65_HS1-834228961_62-HQ-83894_Section_10
Agency: FBI
Page 76
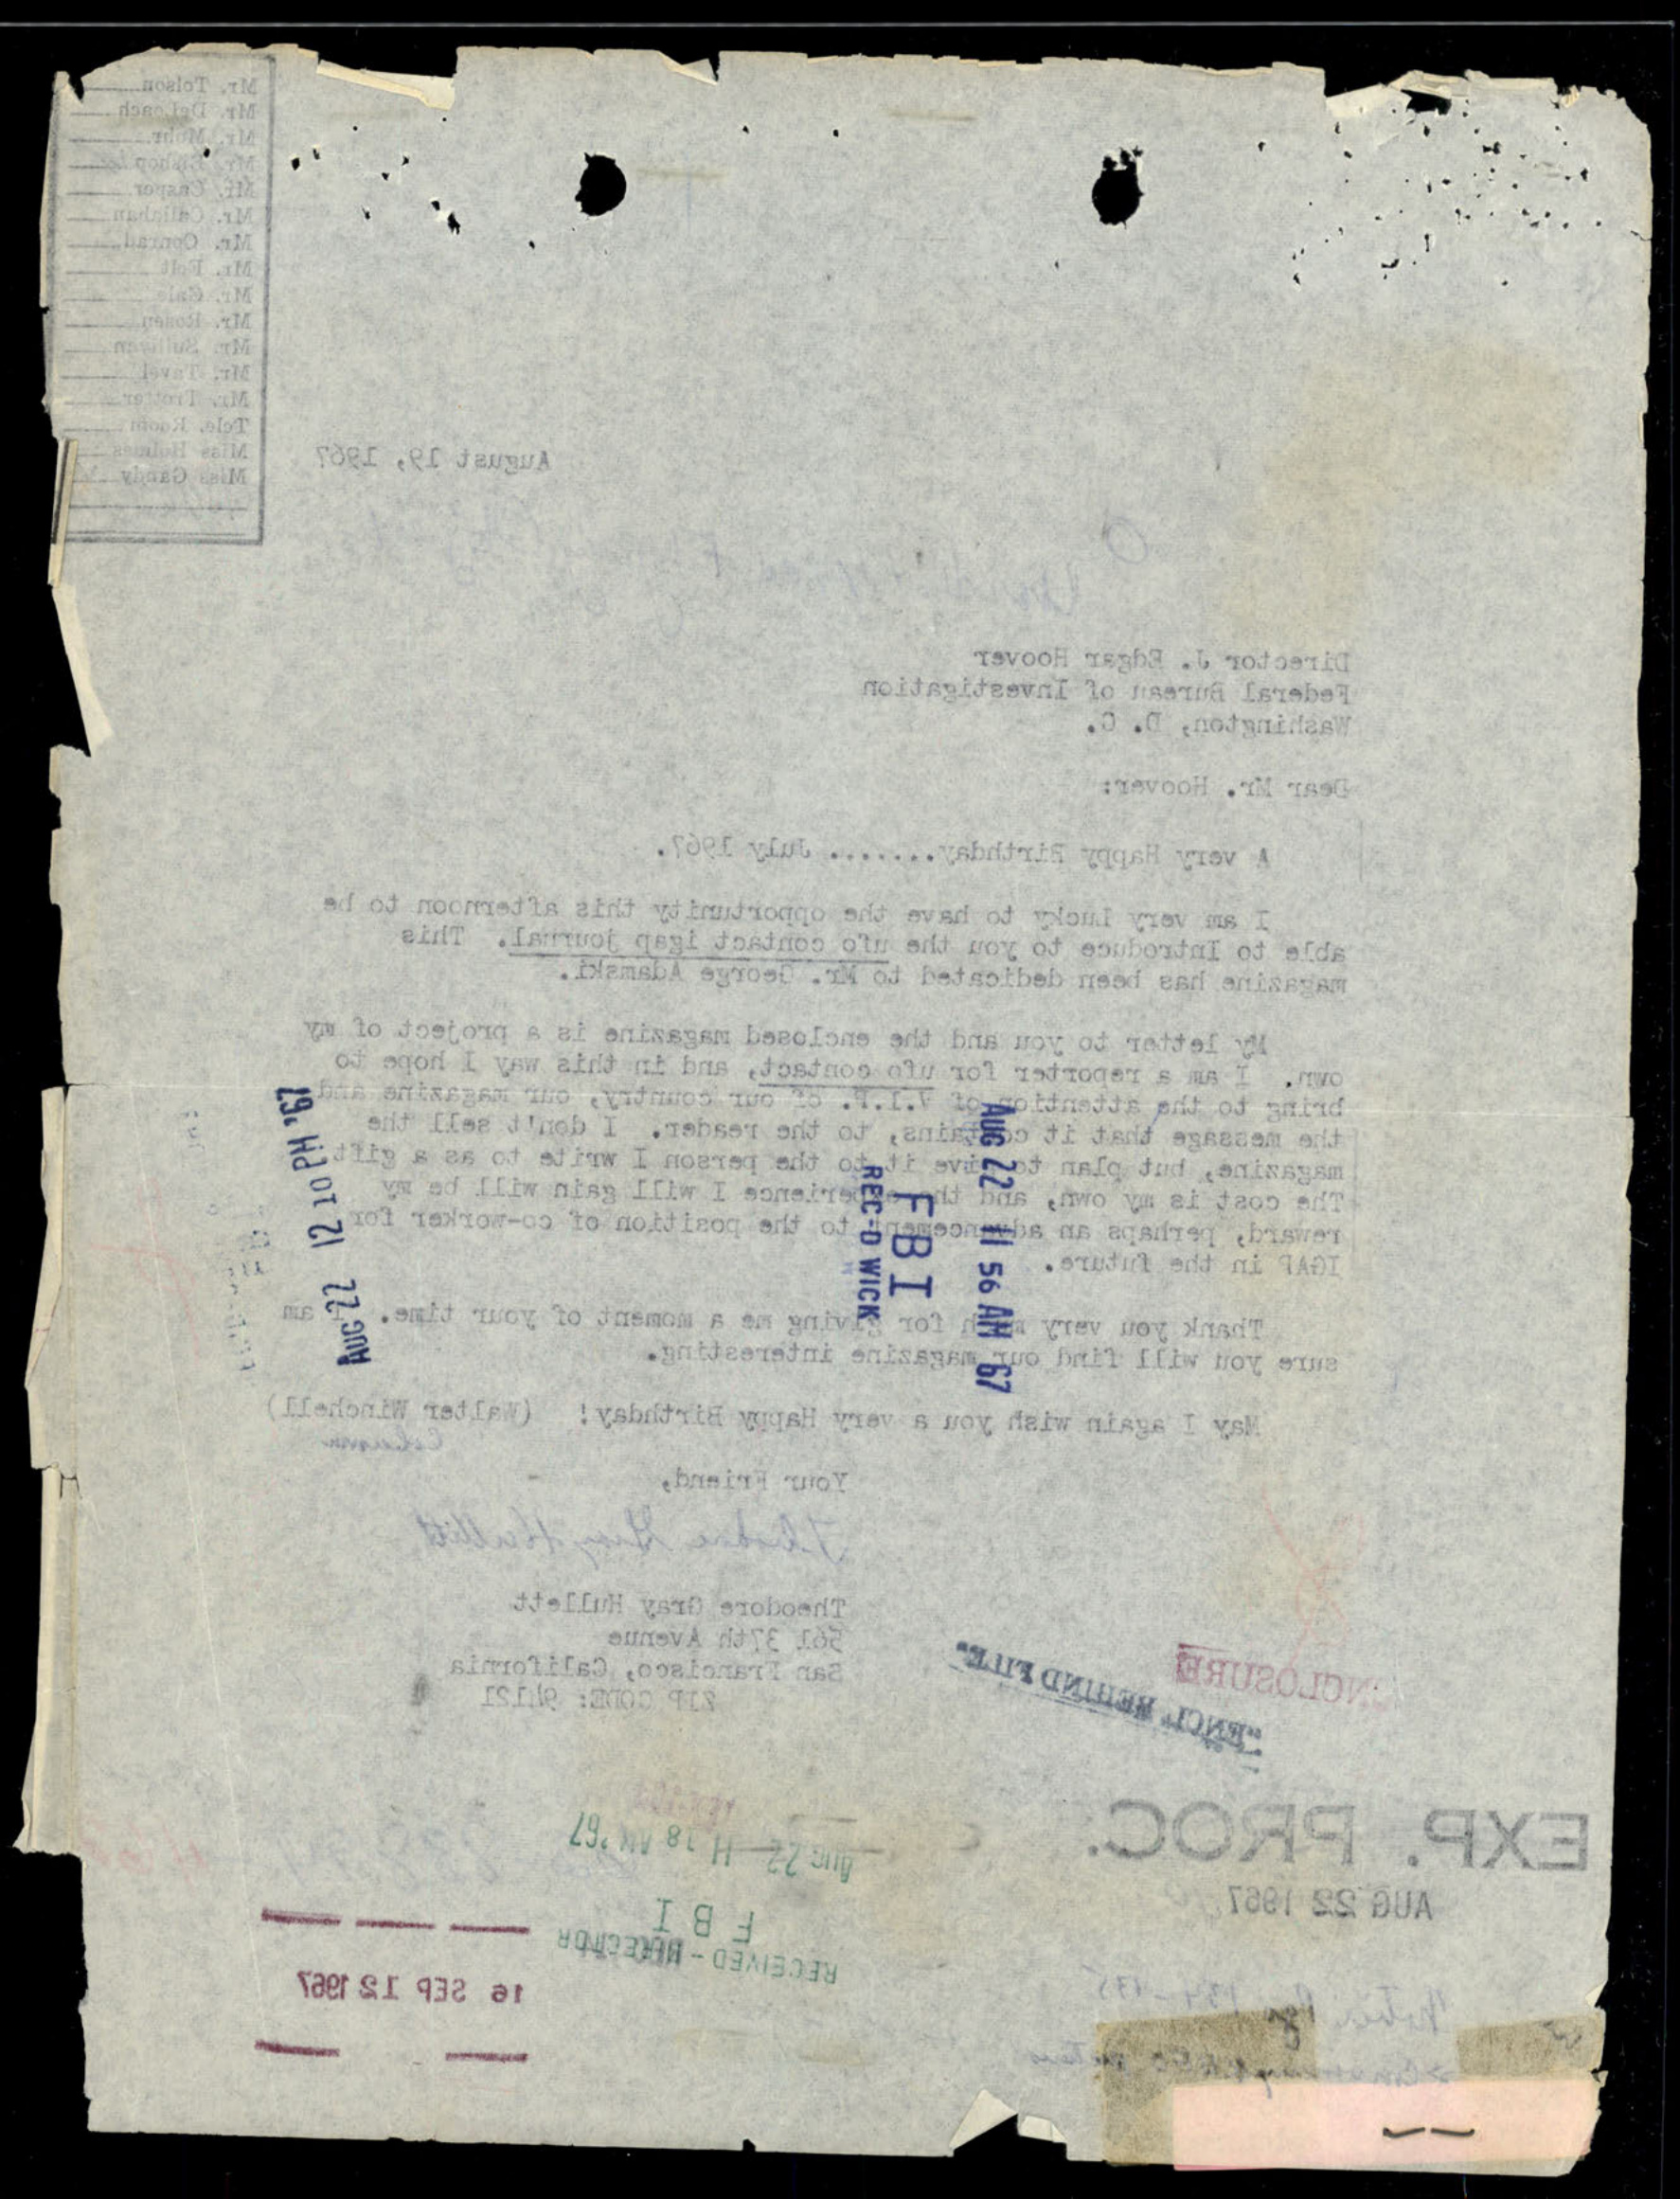